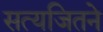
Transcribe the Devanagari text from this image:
सत्यजितने